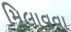
મિલાવવા